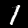
Label: 1